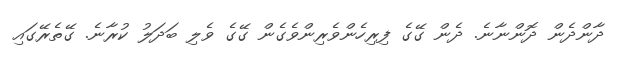
ދާންދެން ދޮންނާނެ. ދެން ގޭގެ ފިރިހެންވެރިންވެގެން ގޭގެ ވެލި ބަދަލު ކުރާނެ. ގޭތެރޭގައި